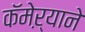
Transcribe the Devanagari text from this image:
कॅमेऱ्याने